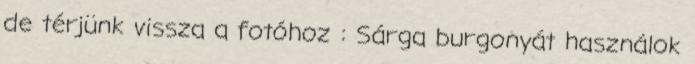
de térjünk vissza a fotóhoz : Sárga burgonyát használok